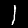
Digit: 1